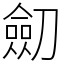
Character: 劎